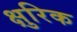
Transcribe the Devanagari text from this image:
क्षुरिक